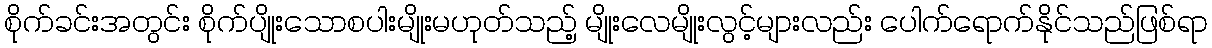
စိုက်ခင်းအတွင်း စိုက်ပျိုးသောစပါးမျိုးမဟုတ်သည့် မျိုးလေမျိုးလွင့်များလည်း ပေါက်ရောက်နိုင်သည်ဖြစ်ရာ